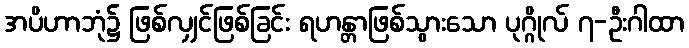
အပိဟာဘုံ၌ ဖြစ်လျှင်ဖြစ်ခြင်း ရဟန္တာဖြစ်သွားသော ပုဂ္ဂိုလ် ၇-ဦးဂါထာ